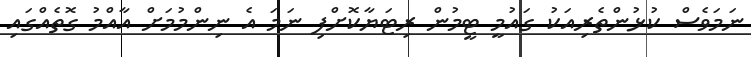
ނަމަވެސް ކުޅުންތެރިއަކު ގައުމީ ޓީމުން ރިޓަޔާކޮށްފި ނަމަ އެ ނިންމުމަށް އާއްމު ގޮތެއްގައި